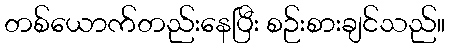
တစ်ယောက်တည်းနေပြီး စဉ်းစားချင်သည်။